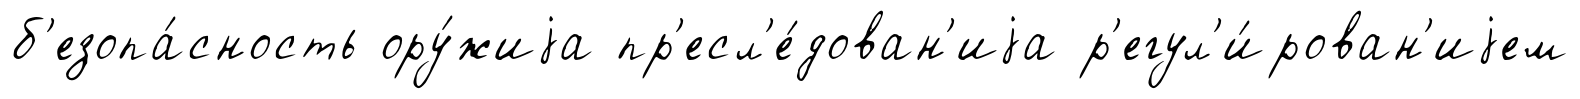
б'езопа́сность ору́жиjа пр'есл'е́дован'иjа р'егул'и́рован'иjем